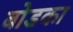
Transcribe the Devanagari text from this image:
बोडका